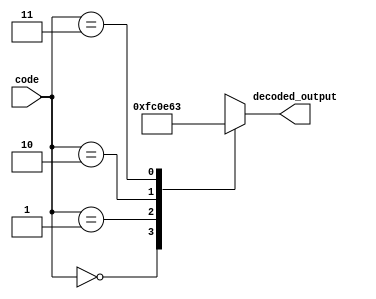
module decoder_7seg(code, decoded_output);

	input[1:0] code;
	
	output reg[6:0]  decoded_output;
	always @(code) begin
		case (code)
		4'b0000 : begin decoded_output = 7'b0000111; end
		4'b0001 : begin decoded_output = 7'b1110000; end 
		4'b0010 : begin decoded_output = 7'b0011100; end
		4'b0011 : begin decoded_output = 7'b1100011; end	
		default : begin decoded_output = 7'b0000000; end
	endcase
	end
	

 
endmodule